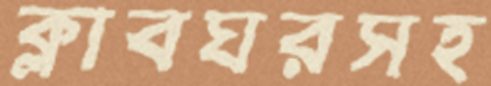
ক্লাবঘরসহ